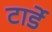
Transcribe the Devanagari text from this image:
टार्डे